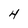
Character: 4